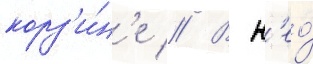
корз'и́н'е // В н'ео́